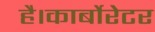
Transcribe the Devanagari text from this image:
है।कार्बोरेटर